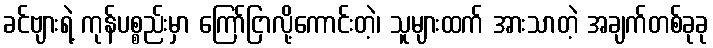
ခင်ဗျားရဲ့ ကုန်ပစ္စည်းမှာ ကြော်ငြာလို့ကောင်းတဲ့၊ သူများထက် အားသာတဲ့ အချက်တစ်ခုခု